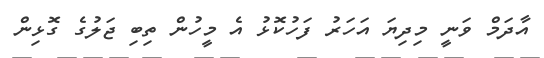
އާދަމް ވަނީ މިދިޔަ އަހަރު ފަހުކޮޅު އެ މީހުން ތިބި ޖަލުގެ ގޮޅިން